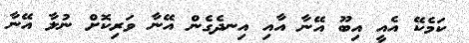
ކަމެކޭ އެއީ އިބޫ އޭނާ އާއި އިނދެގެން އޭނާ ވަރިކޮށް ނުލާ އޭނާ